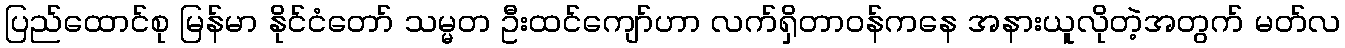
ပြည်ထောင်စု မြန်မာ နိုင်ငံတော် သမ္မတ ဦးထင်ကျော်ဟာ လက်ရှိတာဝန်ကနေ အနားယူလိုတဲ့အတွက် မတ်လ